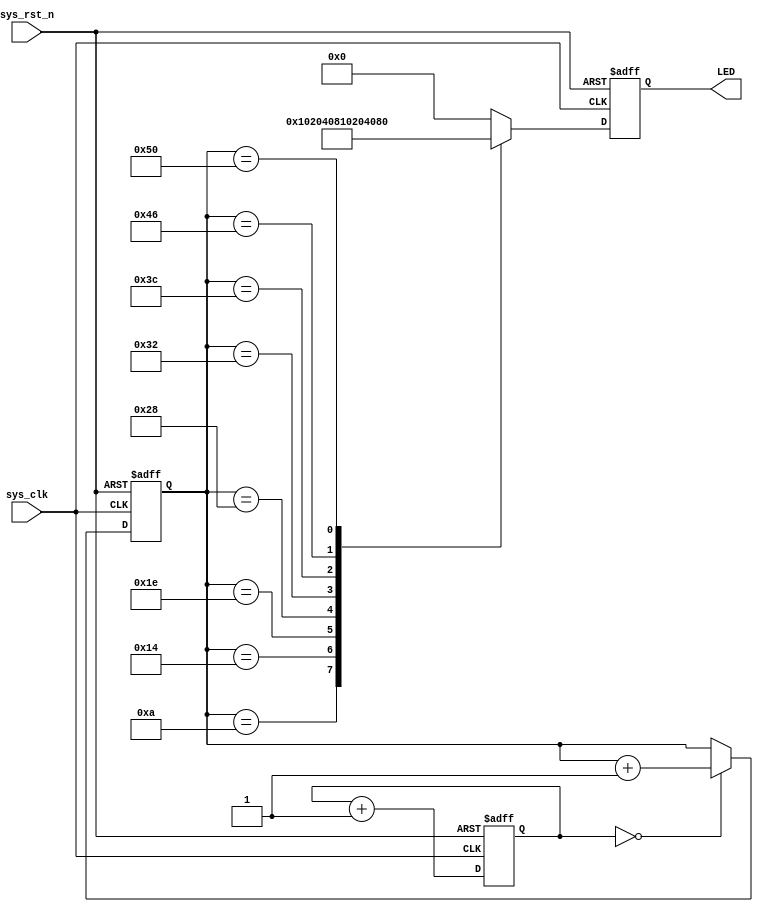
/****************************************Copyright (c)**************************************************
**                                      Dongdong   Studio 
**                                     
**---------------------------------------File Info-----------------------------------------------------
** File name:           LED
** Last modified Date:  2014-6-1
** Last Version:        1.1
** Descriptions:        LED
**------------------------------------------------------------------------------------------------------
** Created date:        2009-10-18
** Version:             1.0
** Descriptions:        The original version
**
**------------------------------------------------------------------------------------------------------
** Modified by:         			
** Modified date:		
** Version:				
** Descriptions:		
**
**------------------------------------------------------------------------------------------------------
********************************************************************************************************/

module LED(
                  //input
input			      sys_clk               ,//system clock;
input			      sys_rst_n             ,//system reset,low is active;
			         //output
output  reg[7:0]	LED
          );

//parameter define
parameter WIDTH2    =20                      ;
parameter WIDTH     =8                       ;
parameter Para      =0                       ;

//reg define
reg        [WIDTH-1:0]    count              ;
reg        [WIDTH2-1:0]   counter            ;

//**************************************************************************
//**
//**                             Main Program
//**************************************************************************/

//count for add counter,0.5s/20ns=25000000,need 24 bit cnt
always @(posedge sys_clk or negedge sys_rst_n)begin
    if(sys_rst_n==1'b0)begin
		  counter <=20'b0;
	 end
	 else
		  counter <=counter+1'b1;
	 end
		  
//two counter to realize the cnt division 
always @(posedge sys_clk or negedge sys_rst_n)begin
    if(sys_rst_n==1'b0)begin
		 count <=8'b0;
    end
	 else if(counter==Para)
		  count <= count+1'b1;
end

//ctr the LED pipiline display when count is equal to 10,20.. 		  
always @(posedge sys_clk or negedge sys_rst_n) begin 
        if (sys_rst_n ==1'b0) begin 
            LED <= 8'b0;
        end
        else begin
            case (count) 
                 10     : LED = 8'b00000001   ;
                 20     : LED = 8'b00000010   ;
                 30     : LED = 8'b00000100   ;
                 40     : LED = 8'b00001000   ;
                 50     : LED = 8'b00010000   ;
                 60     : LED = 8'b00100000   ;
                 70     : LED = 8'b01000000   ;
                 80     : LED = 8'b10000000   ;   
                 default: LED = 8'b00000000   ;   
            endcase
        end          
end


endmodule
//end of rtl code